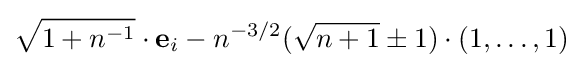
{\sqrt {1+n^{-1}}}\cdot \mathbf {e} _{i}-n^{-3/2}({\sqrt {n+1}}\pm 1)\cdot (1,\dots ,1)